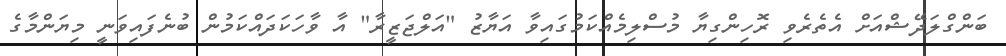
ބަންގްލަދޭޝްއަށް އެތެރެވި ރޮހިންގިޔާ މުސްލިމެއްކަމުގައިވާ އަޔާޒު "އަލްޖަޒީރާ" އާ ވާހަކަދައްކަމުން ބުނެފައިވަނީ މިޔަންމާގެ